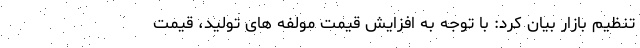
تنظیم بازار بیان کرد: با توجه به افزایش قیمت مولفه های تولید، قیمت